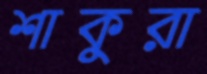
শাকুরা